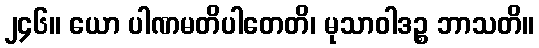
၂၄၆။ ယော ပါဏမတိပါတေတိ၊ မုသာဝါဒဉ္စ ဘာသတိ။